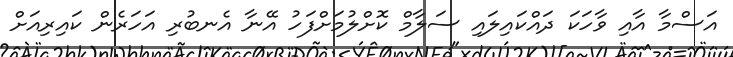
އަސްމާ އާއި ވާހަކަ ދައްކައިލައި ސަލާމް ކޮށްލުމަށްފަހު އޭނާ އެނބުރި އަހަރެން ކައިރިއަށް